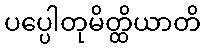
ပပ္ပေါတုမိတ္ထိယာတိ